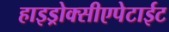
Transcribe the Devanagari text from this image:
हाइड्रोक्सीएपेटाईट